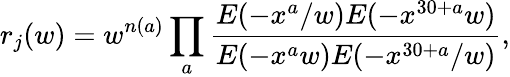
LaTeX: r_{j}(w)=w^{n(a)}\prod_{a}\frac{E(-x^{a}/w)E(-x^{30+a}w)}{E(-x^{a}w)E(-x^{30+a}/w)},